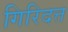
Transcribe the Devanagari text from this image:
गिरिदत्त